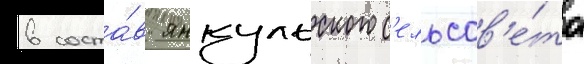
в соста́в янкульского с'ельсов'е́та